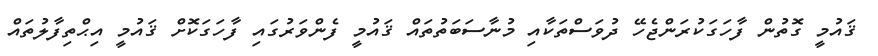
ޤައުމީ ގޮތުން ފާހަގަކުރަންޖެހޭ ދުވަސްތަކާއި މުނާސަބަތުތައް ޤައުމީ ފެންވަރުގައި ފާހަގަކޮށް ޤައުމީ އިޙްތިފާލުތައް